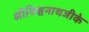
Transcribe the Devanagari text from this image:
श्रीविश्वनाथजीके